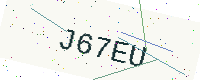
Text: J67EU